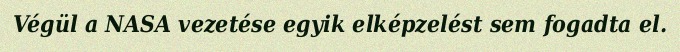
Végül a NASA vezetése egyik elképzelést sem fogadta el.